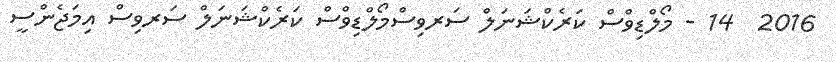
2016  14 - މޯލްޑިވްސް ކަރެކްޝަނަލް ސަރވިސްމޯލްޑިވްސް ކަރެކްޝަނަލް ސަރވިސް އިމަޖެންސީ